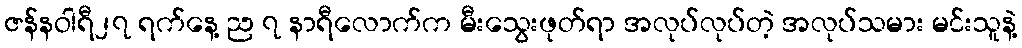
ဇန်နဝါရီ၂၇ ရက်နေ့ ည ၇ နာရီလောက်က မီးသွေးဖုတ်ရာ အလုပ်လုပ်တဲ့ အလုပ်သမား မင်းသူနဲ့